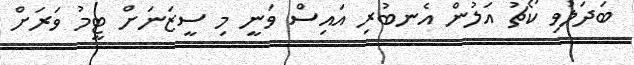
ބަދަލުވި ކޯޗު އަލުން އެނބުރި އައިސް ވަނީ މި ސީޒަނަށް ޓީމު ވަރަށް